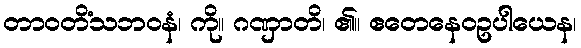
တာဝတိံသဘဝနံ၊ ကို။ ဂဏှာတိ၊ ၏။ ဧတေနေဝဥပါယေန၊